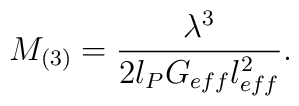
M_{(3)}=\frac{\lambda^3}{2l_P G_{eff}l_{eff}^2}.